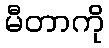
မီတာကို